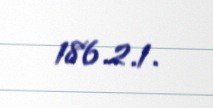
186.2.1.